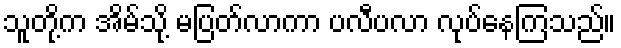
သူတို့က အိမ်သို့ မပြတ်လာကာ ပလီပလာ လုပ်နေကြသည်။